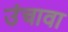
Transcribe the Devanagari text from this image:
उंचावा